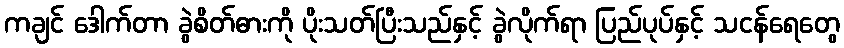
ကချင် ဒေါက်တာ ခွဲစိတ်ဓားကို ပိုးသတ်ပြီးသည်နှင့် ခွဲလိုက်ရာ ပြည်ပုပ်နှင့် သငန်ရေတွေ